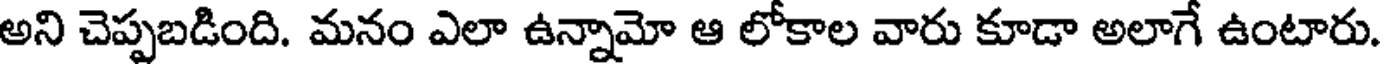
అని చెప్పబడింది. మనం ఎలా ఉన్నామో ఆ లోకాల వారు కూడా అలాగే ఉంటారు.